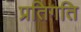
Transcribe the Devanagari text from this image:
प्रतिगति